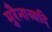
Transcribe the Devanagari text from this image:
मुरैनाआदि